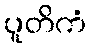
ပူတိကံ